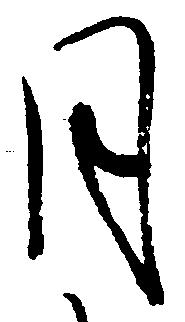
月